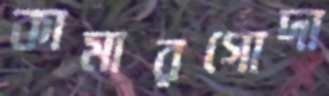
কামারগোদা